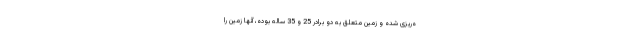
ه‌ریزی شده و زمین متعلق به دو برادر 25 و 35 ساله بوده، آنها زمین را